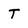
Character: t